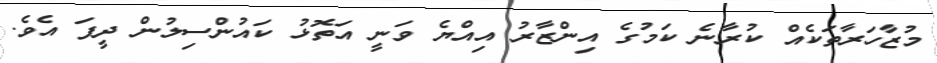
މުޒާހަރާތަކެއް ކުރާނެ ކަމުގެ އިންޒާރު އިއްޔެ ވަނީ އަތޮޅު ކައުންސިލުން ދީފަ އެވެ.